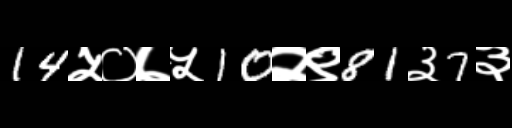
Text: 14५०७५10२९81३7३